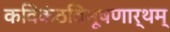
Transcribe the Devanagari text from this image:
कविकंठविभूषणार्थम्